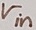
Text: Vin